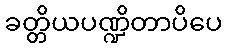
ခတ္တိယပဏ္ဍိတာပိပေ